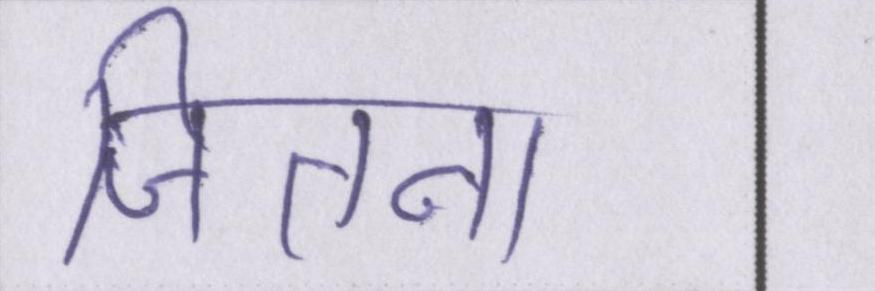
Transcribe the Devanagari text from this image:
जितना